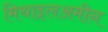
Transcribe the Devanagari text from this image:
मिथाइलअमीन